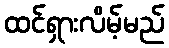
ထင်ရှားလိမ့်မည်